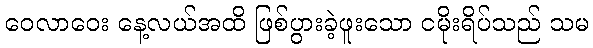
ဝေလာဝေး နေ့လယ်အထိ ဖြစ်ပွားခဲ့ဖူးသော ငမိုးရိပ်သည် သမ